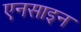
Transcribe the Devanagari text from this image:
एनसाइन